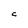
Character: C